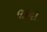
વકના